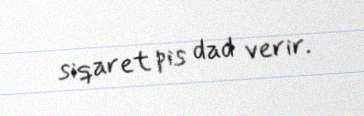
siqaret pis dad verir.